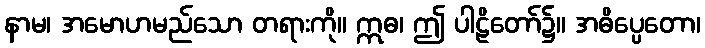
နာမ၊ အမောဟမည်သော တရားကို။ ဣဓ၊ ဤ ပါဠိတော်၌။ အဓိပ္ပေတော၊